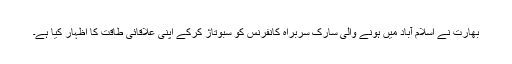
بھارت نے اسلام آباد میں ہونے والی سارک سربراہ کانفرنس کو سبوتاژ کرکے اپنی علاقائی طاقت کا اظہار کیا ہے۔